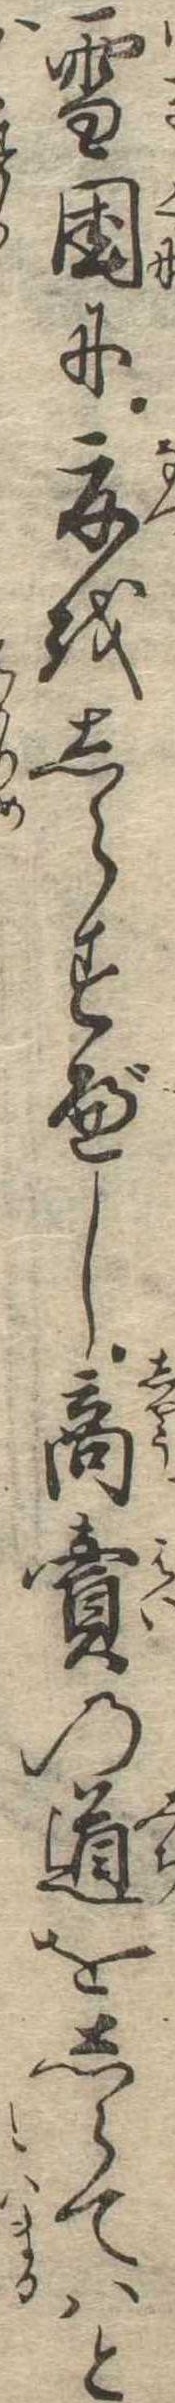
雪国に夏をしらすべし商売の道をしらてはと